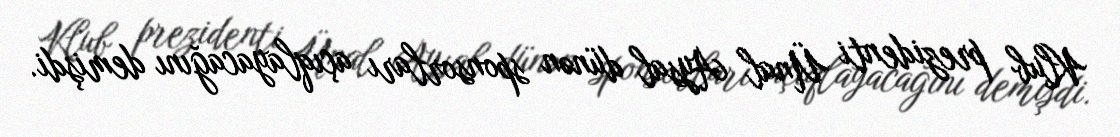
Klub prezidenti Ünal Aysal dünən sponsorları açıqlayacağını demişdi.